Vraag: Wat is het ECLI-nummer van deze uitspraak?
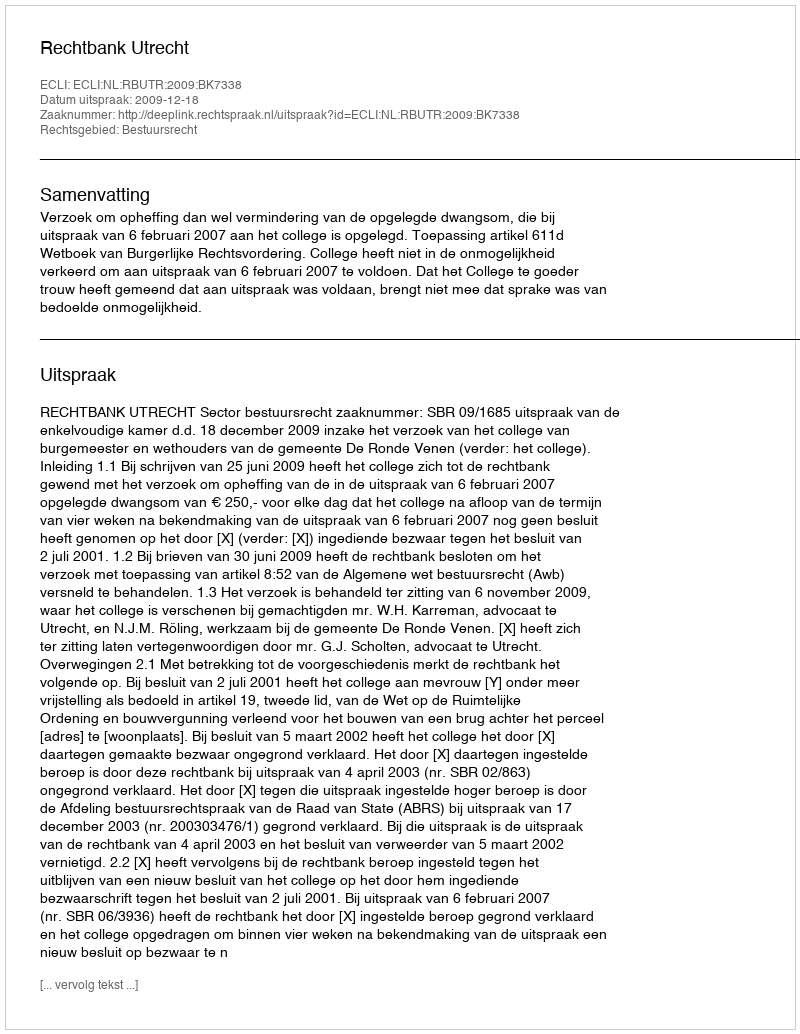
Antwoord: ECLI:NL:RBUTR:2009:BK7338